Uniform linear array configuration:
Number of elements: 24
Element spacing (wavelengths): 0.25
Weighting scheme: hamming
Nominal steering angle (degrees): -15
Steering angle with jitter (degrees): -13.716
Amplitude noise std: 0.05
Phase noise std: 0.05

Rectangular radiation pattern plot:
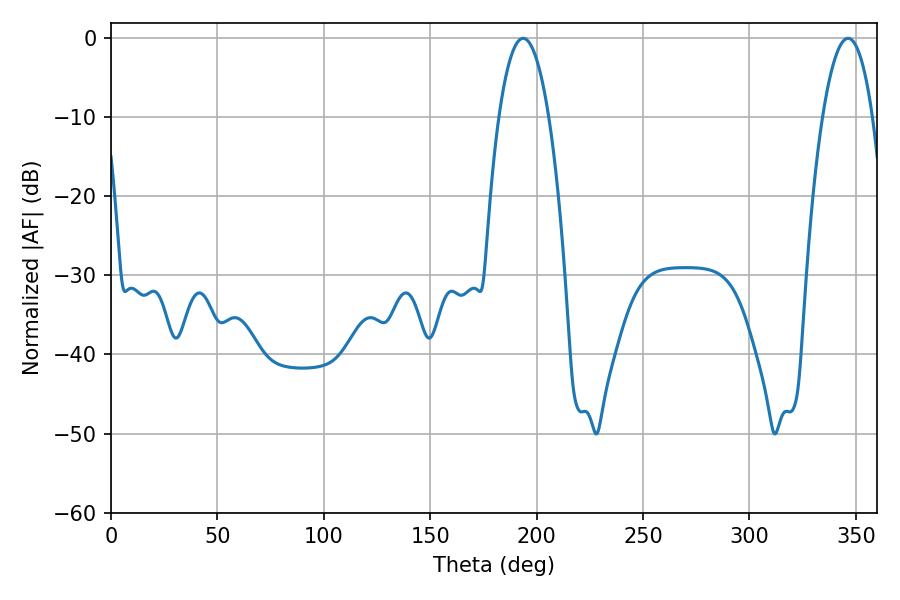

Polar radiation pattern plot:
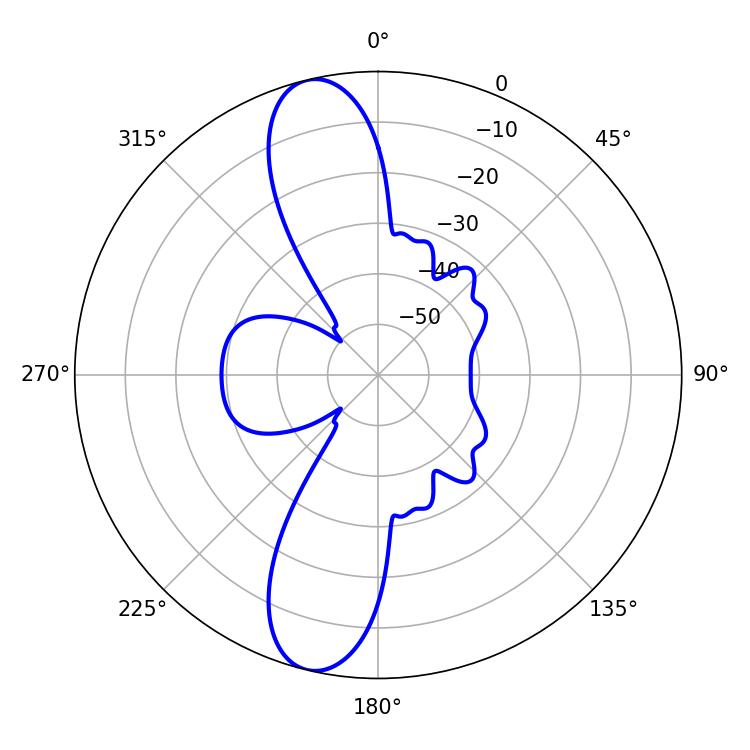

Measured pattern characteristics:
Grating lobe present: FALSE
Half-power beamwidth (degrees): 13.14
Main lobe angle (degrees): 193.68